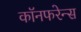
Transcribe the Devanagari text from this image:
कॉनफरेन्स